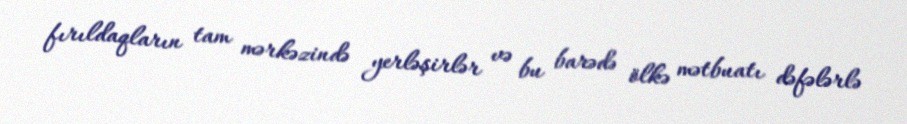
fırıldaqların tam mərkəzində yerləşirlər və bu barədə ölkə mətbuatı dəfələrlə